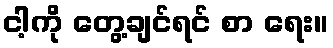
ငါ့ကို တွေ့ချင်ရင် စာ ရေး။